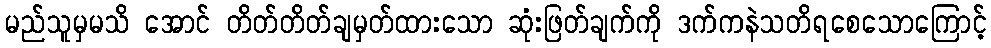
မည်သူမှမသိ အောင် တိတ်တိတ်ချမှတ်ထားသော ဆုံးဖြတ်ချက်ကို ဒက်ကနဲသတိရစေသောကြောင့်